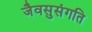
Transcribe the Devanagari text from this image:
जैवसुसंगति